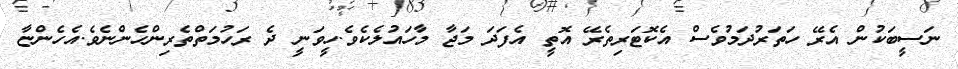
ނަސީބަކުން އެރޭ ހަތަރުދަމުވެސް އެކޮޓަރިތެރޭ އޮތީ އެފަދަ މަޖާާ މާހައުލެކެވެ.ހީވަނީ ދެ ރަހުމަތްތެރިންހެންނެވެ.އެހެންޏާ